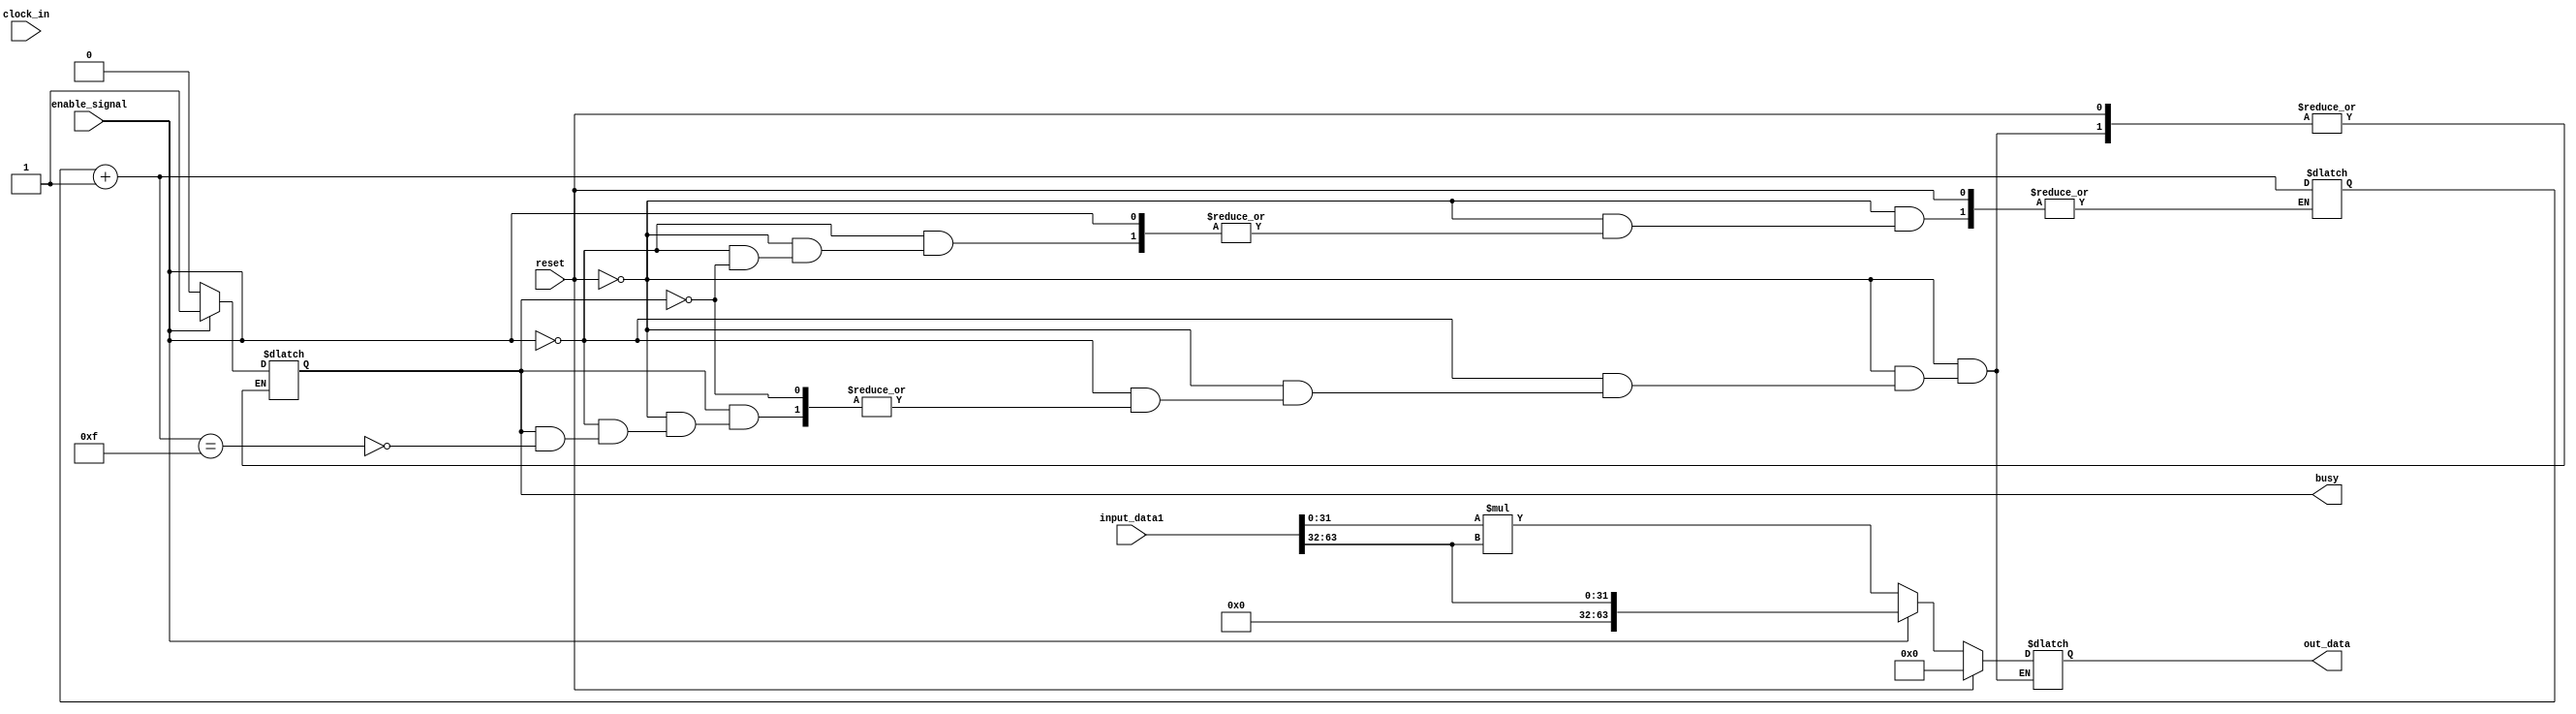
`timescale 1ns / 1ps//
module unsign_mult(input enable_signal,input clock_in,input reset,input [63:0]input_data1,output [63:0]out_data,output reg busy) ;
reg [5:0]data_sel =0;reg [63:0]temp_data;assign out_data = temp_data;//
always@(clock_in)//
begin if(reset)temp_data=0;
else if(enable_signal)begin temp_data[63:0] ={32'b0,input_data1[63:32]};busy = 1;end
else if(busy)begin data_sel=data_sel + 1;if((data_sel)== 15)begin busy = 0;temp_data = input_data1[31:0]*input_data1[63:32];end end end endmodule